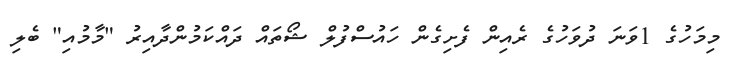
މިމަހުގެ 1ވަނަ ދުވަހުގެ ރެއިން ފެށިގެން ހައުސްފުލް ޝޯތައް ދައްކަމުންދާއިރު "މާމުއި" ބެލި